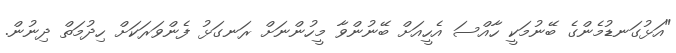
"އަޅުގަނޑުމެންގެ ބޭނުމަކީ ހާއްސަ އެހީއަށް ބޭނުންވާ މީހުންނަށް ރަނގަޅު ފެންވަރަކަށް ހިދުމަތް ދިނުން.